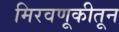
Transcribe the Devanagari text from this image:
मिरवणूकीतून